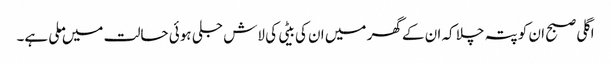
اگلی صبح ان کو پتہ چلا کہ ان کے گھر میں ان کی بیٹی کی لاش جلی ہوئی حالت میں ملی ہے۔